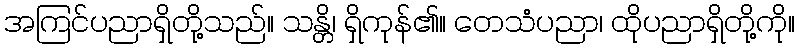
အကြင်ပညာရှိတို့သည်။ သန္တိ၊ ရှိကုန်၏။ တေသံပညာ၊ ထိုပညာရှိတို့ကို။